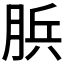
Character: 𦛼